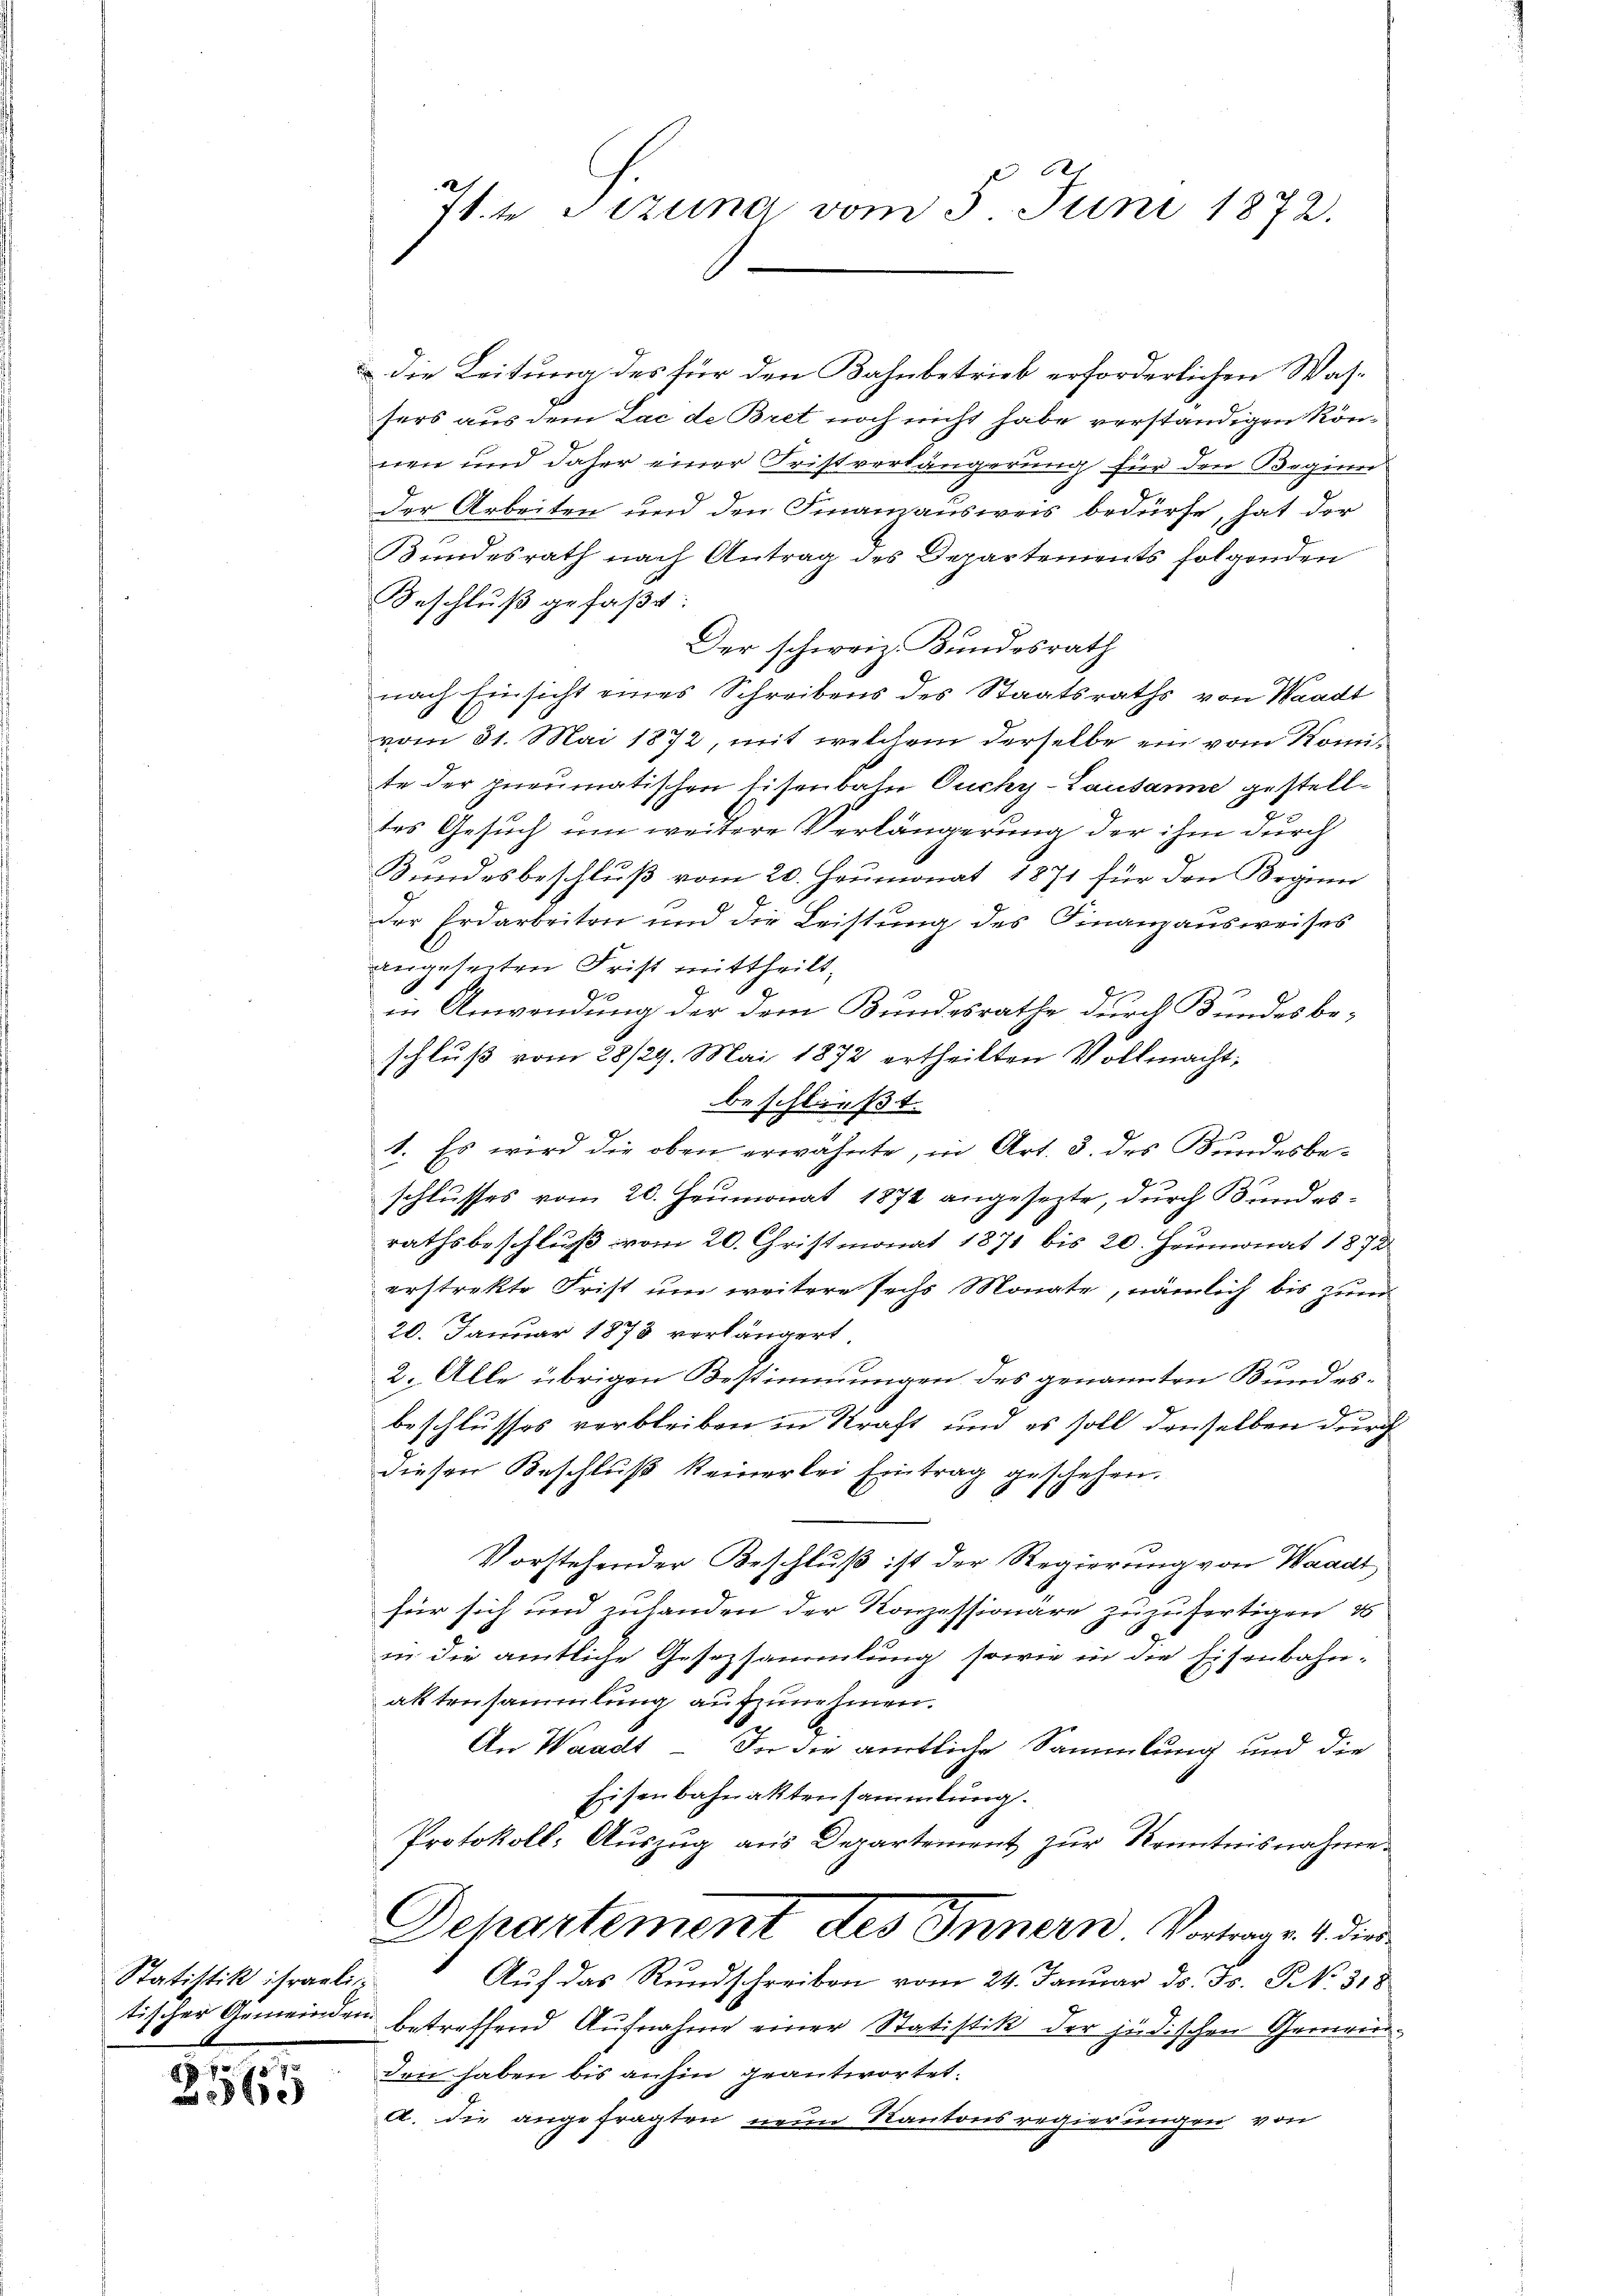
Statistik israeli¬

.
2560

71te Sizung vom 5. Juni 1872.

die Leitung des für den Bahnbetrieb erforderlichen Wassers aus dem Lac de Bret noch nicht habe verständigen können und daher einer Fristverlängerung für den Beginne
der Arbeiten und den Finanzausweis bedürfe, hat der
Bundesrath nach Antrag des Departements folgenden
Beschluß gefaßt:
Der schweiz. Bundesrath
nach Einsicht eines Schreibens des Staatsraths von Waadt
vom 31. Mai 1872, mit welchem derselbe ein vom Komi
te der pneumatischen Eisenbahn Ouchy-Lausanne gestelldes Gesuch um weitere Verlängerung der ihm durch
Bundesbeschluß vom 20. Heumonat 1871 für den Begin
der Erdarbeiten und die Leistung des Finanzausweises
angeseiten Frist mittheilt.
9.
in Anwendung der dem Bundesrathe durch Bundes beschluß vom 28/29. Mai 1872 ertheilten Vollmachtbeschließt:
1. Es wird die oben erwähnte, in Art. 3. des Bundesbeschlusses vom 20. Heumonat 1872 angesezte, durch Bundesrathsbeschluß vom 20. Christmonat 1871 bis 20. Heumonat 1872
erstrekte Frist um weitere sechs Monate, nämlich bis zum
20. Januar 1878 verlängert.
2. Alle übrigen Bestimmungen des genannten Bundesb
beschlusses verbleiben in Straft und es soll denselben durch
diesen Beschluß keinerlei Eintrag geschehen.
Vorstehender Beschluß ist der Regierung von Waadt
für sich und zuhanden der Konzessionäre zuzufertigen 15
in die amtliche Gesetzsammlung sowie in die Eisenbahnaktensammlung aufzunehmen.
An Waadt - In die amtliche Sammlung und die
Eisenbahnaktensammlung.
Protokoll: Auszug aus Departement zur Kenntnisnahme.
Dehartement des Innern. Vortrage 4. die
Auf das Rundschreiben vom 24. Januar d. Js. NNo. 318
tischer Gemeinden betreffend Aufnahme einer Statistik der jüdischen Gemeinden haben bis anhin geantwortet.
A. die angefragten neue Kantons regierungen von